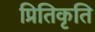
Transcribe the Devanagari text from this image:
प्रितिकृति